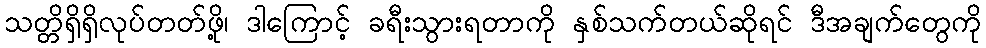
သတ္တိရှိရှိလုပ်တတ်ဖို့၊ ဒါကြောင့် ခရီးသွားရတာကို နှစ်သက်တယ်ဆိုရင် ဒီအချက်တွေကို